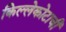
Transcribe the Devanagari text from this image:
किल्लेकोटाची